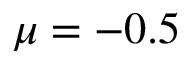
\mu = - 0 . 5